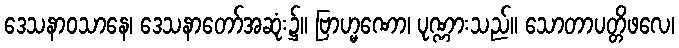
ဒေသနာဝသာနေ၊ ဒေသနာတော်အဆုံး၌။ ဗြာဟ္မဏော၊ ပုဏ္ဏားသည်။ သောတာပတ္တိဖလေ၊